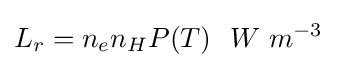
L_{r}=n_{e}n_{H}P(T)~~{W~m^{-3}}